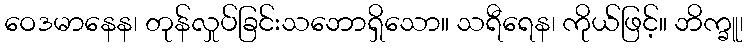
ဝေဒမာနေန၊ တုန်လှုပ်ခြင်းသဘောရှိသော။ သရီရေန၊ ကိုယ်ဖြင့်။ ဘိက္ခူ၊